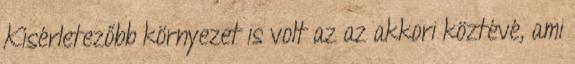
Kísérletezőbb környezet is volt az az akkori köztévé, ami